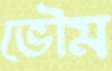
ভৌম